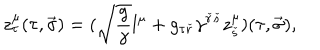
LaTeX: z _ { \tau } ^ { \mu } ( \tau , \vec { \sigma } ) = ( \sqrt { { \frac { g } { \gamma } } } l ^ { \mu } + g _ { \tau { \check { r } } } \gamma ^ { { \check { r } } { \check { s } } } z _ { \check { s } } ^ { \mu } ) ( \tau , \vec { \sigma } ) ,